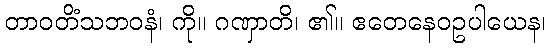
တာဝတိံသဘဝနံ၊ ကို။ ဂဏှာတိ၊ ၏။ ဧတေနေဝဥပါယေန၊